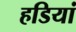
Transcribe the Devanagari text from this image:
हडियां